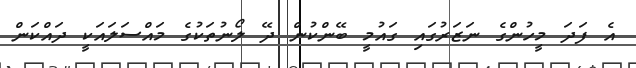
އެ ފަދަ މީހުންގެ ނަޒަރުގައި ގައުމީ ބޭންކުން ދޭ ލޯނުތަކުގެ މައްސަލައަކީ ދައްކަން